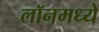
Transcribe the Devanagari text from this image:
लॉनमध्ये